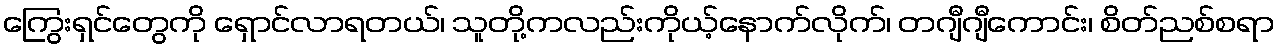
ကြွေးရှင်တွေကို ရှောင်လာရတယ်၊ သူတို့ကလည်းကိုယ့်နောက်လိုက်၊ တဂျီဂျီကောင်း၊ စိတ်ညစ်စရာ